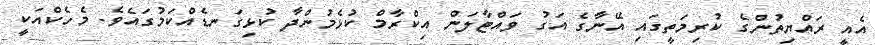
އެއީ ރައްޔިތުންގެ ކުރިމަތީގައި އޭނާގެ އަގު ވައްޓާލަން އިކްރާމް ކުޅެމުންދާ ކުޅިގަނޑެއްކަމުގައެވެ. މެހެކްއަކީ